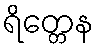
ရိတ္တေန